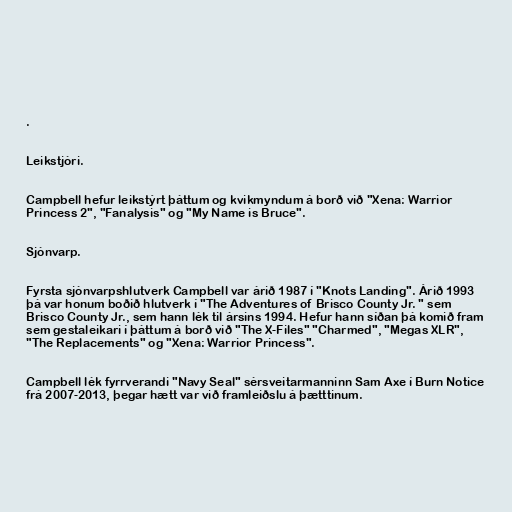
.

Leikstjóri.

Campbell hefur leikstýrt þáttum og kvikmyndum á borð við "Xena: Warrior
Princess 2", "Fanalysis" og "My Name is Bruce".

Sjónvarp.

Fyrsta sjónvarpshlutverk Campbell var árið 1987 í "Knots Landing". Árið 1993
þá var honum boðið hlutverk í "The Adventures of Brisco County Jr. " sem
Brisco County Jr., sem hann lék til ársins 1994. Hefur hann síðan þá komið fram
sem gestaleikari í þáttum á borð við "The X-Files" "Charmed", "Megas XLR",
"The Replacements" og "Xena: Warrior Princess".

Campbell lék fyrrverandi "Navy Seal" sérsveitarmanninn Sam Axe í Burn Notice
frá 2007-2013, þegar hætt var við framleiðslu á þætttinum.